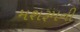
મશરૂમની